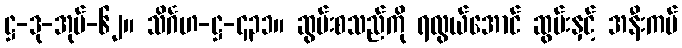
ဋ္ဌ-ဒု-အုပ်-၆၂။ သိင်္ဂဟ-ဋ္ဌ-၄၃၁။ ဆွမ်းစသည်ကို ရလွယ်အောင် ဆွမ်းနှင့် အနီးကပ်